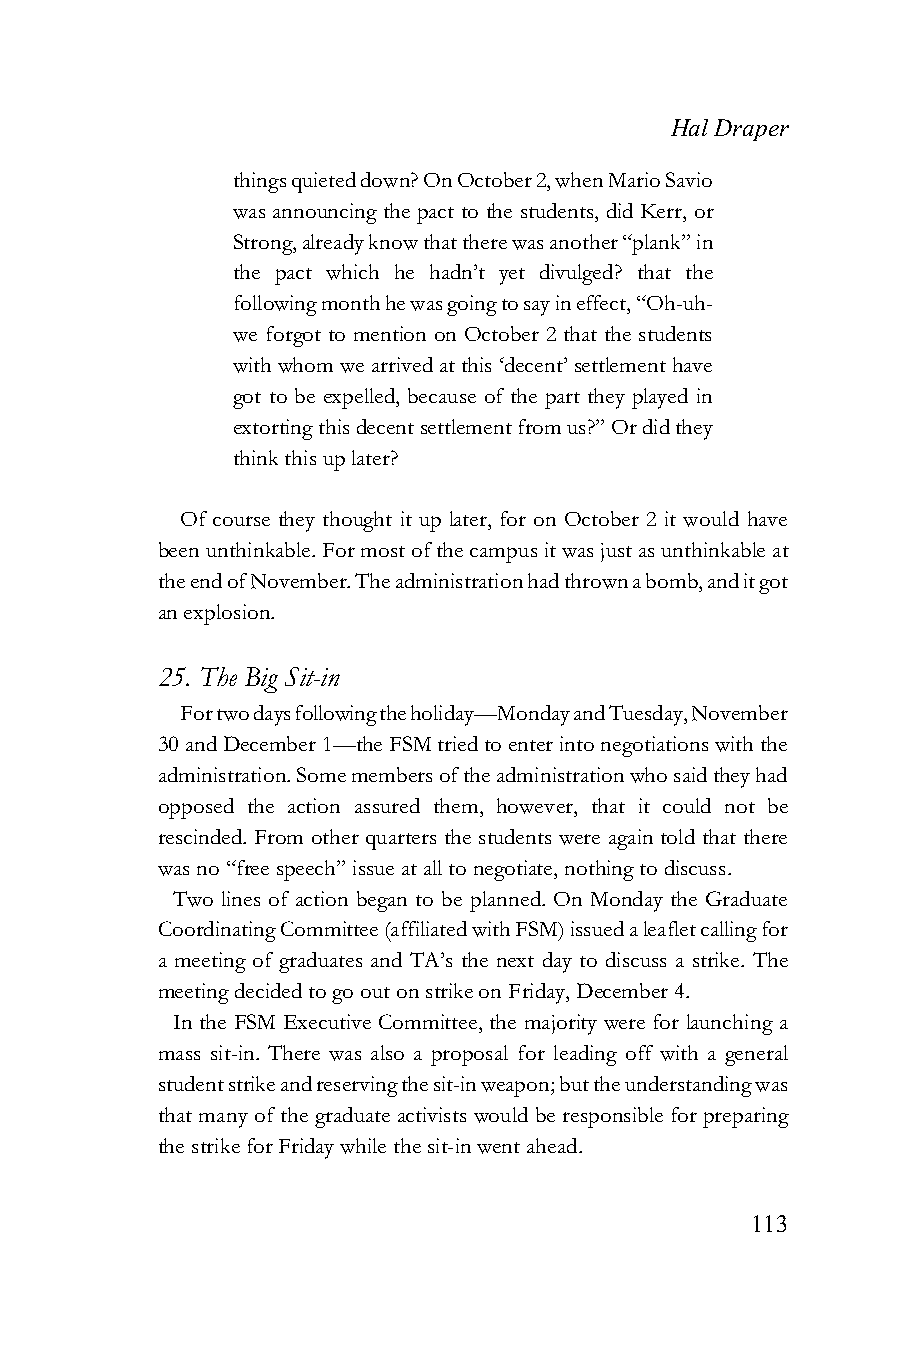
Hal Draper
 things quieted down? On October 2, when Mario Savio
 was announcing the pact to the students, did Kerr, or
 Strong, already know that there was another “plank” in
 the pact which he hadn’t yet divulged? that the
 following month he was going to say in effect, “Oh-uh-
 we forgot to mention on October 2 that the students
 with whom we arrived at this ‘decent’ settlement have
 got to be expelled, because of the part they played in
 extorting this decent settlement from us?” Or did they
 think this up later?
 Of course they thought it up later, for on October 2 it would have
 been unthinkable. For most of the campus it was just as unthinkable at
 the end of November. The administration had thrown a bomb, and it got
 an explosion.
 25. The Big Sit-in
 For two days following the holiday—Monday and Tuesday, November
 30 and December 1—the FSM tried to enter into negotiations with the
 administration. Some members of the administration who said they had
 opposed the action assured them, however, that it could not be
 rescinded. From other quarters the students were again told that there
 was no “free speech” issue at all to negotiate, nothing to discuss.
 Two lines of action began to be planned. On Monday the Graduate
 Coordinating Committee (affiliated with FSM) issued a leaflet calling for
 a meeting of graduates and TA’s the next day to discuss a strike. The
 meeting decided to go out on strike on Friday, December 4.
 In the FSM Executive Committee, the majority were for launching a
 mass sit-in. There was also a proposal for leading off with a general
 student strike and reserving the sit-in weapon; but the understanding was
 that many of the graduate activists would be responsible for preparing
 the strike for Friday while the sit-in went ahead.
 113